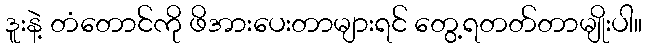
ဒူးနဲ့ တံတောင်ကို ဖိအားပေးတာများရင် တွေ့ရတတ်တာမျိုးပါ။